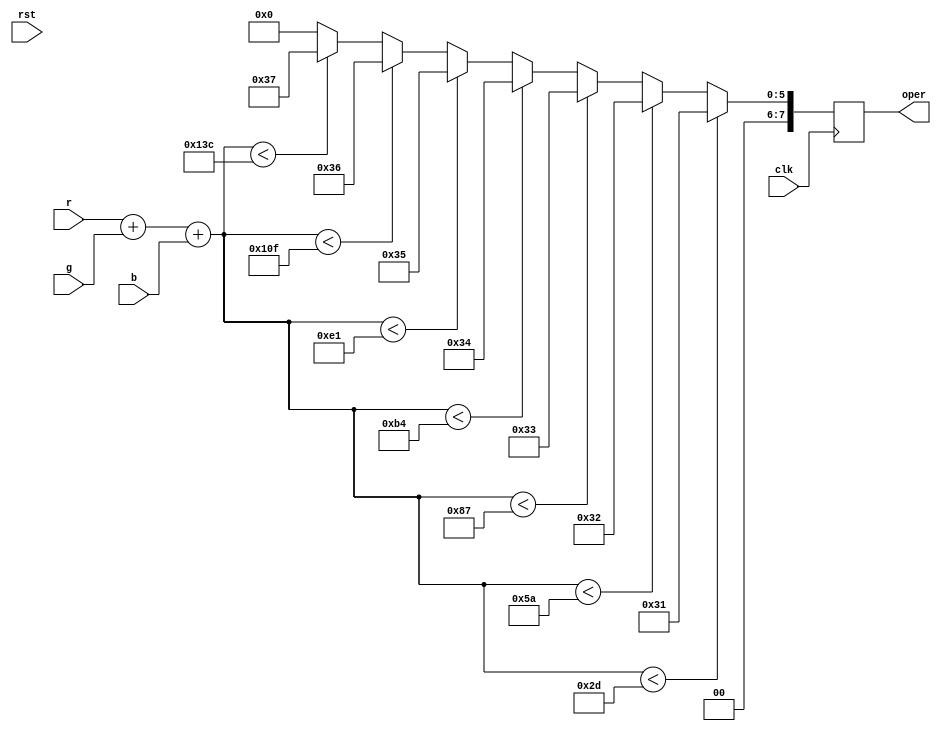
`timescale 1ns / 1ps
module change_oper_by_color(
    input rst,
    input [7:0]r,
    input [7:0]g,
    input [7:0]b,
    input clk,
    output reg [7:0]oper
    );
    always@(posedge clk)
    begin
        if(r+g+b<3*241/8/2)oper=8'b00110001;
        else if(r+g+b<3*241*2/8/2)oper=8'b00110010;
        else if(r+g+b<3*241*3/8/2)oper=8'b00110011;
        else if(r+g+b<3*241*4/8/2)oper=8'b00110100;
        else if(r+g+b<3*241*5/8/2)oper=8'b00110101;
        else if(r+g+b<3*241*6/8/2)oper=8'b00110110;
        else if(r+g+b<3*241*7/8/2)oper=8'b00110111;
        else if(r+g+b<3*241*2/8/2)oper=8'b00111000;
        else oper=8'b00000000;
    end
endmodule